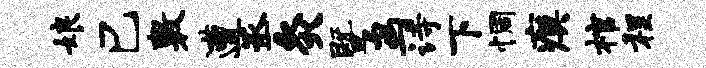
娘巳敷遭丞灸暨鸟诗下惆瘼棺程